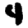
Digit: 4